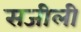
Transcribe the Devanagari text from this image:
सजीली